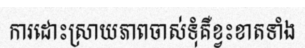
ការដោះស្រាយភាពចាស់ទុំគឺខ្វះខាតទាំង